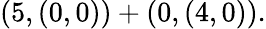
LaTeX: \left(5,\left(0,0\right)\right)+\left(0,\left(4,0\right)\right).